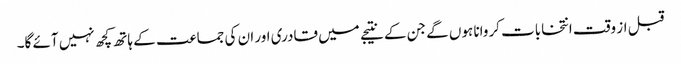
قبل از وقت انتخابات کروانا ہوں گے جن کے نتیجے میں قادری اور ان کی جماعت کے ہاتھ کچھ نہیں آئے گا۔